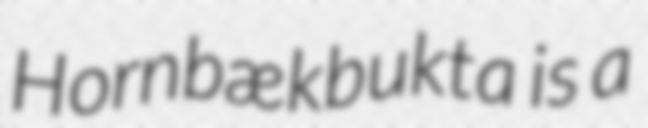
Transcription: Hornbækbukta is a